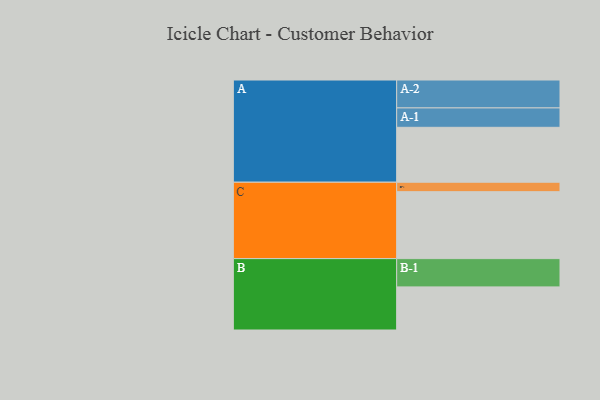
{"axis": {"x": "Segment", "y": "Value"}, "legend": ["", "A", "B", "C"], "data": [{"x": "A", "y": 470, "type": ""}, {"x": "B", "y": 369, "type": ""}, {"x": "C", "y": 573, "type": ""}, {"x": "A-1", "y": 166, "type": "A"}, {"x": "A-2", "y": 239, "type": "A"}, {"x": "B-1", "y": 242, "type": "B"}, {"x": "C-1", "y": 81, "type": "C"}]}